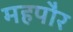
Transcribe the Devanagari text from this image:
महपौर